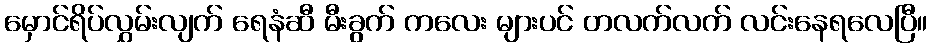
မှောင်ရိပ်လွှမ်းလျက် ရေနံဆီ မီးခွက် ကလေး များပင် တလက်လက် လင်းနေရလေပြီ။